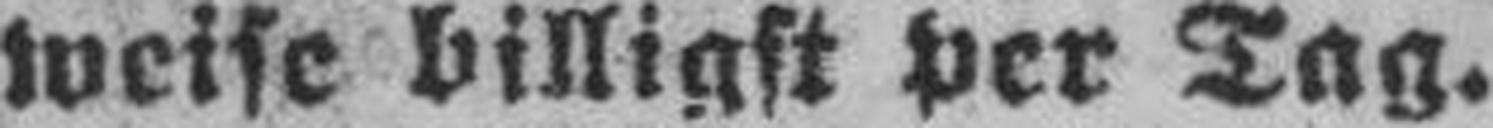
weise billigst per Tag.